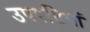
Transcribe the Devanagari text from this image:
उपपतियां